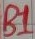
Text: B1